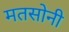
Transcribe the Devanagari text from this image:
मतसोनी